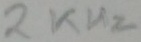
Text: 2KHz